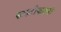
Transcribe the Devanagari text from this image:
साइटोंकाइनों